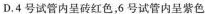
D.4号试管内呈砖红色，6号试管内呈紫色